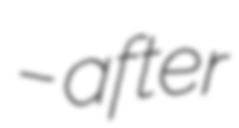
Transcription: – after